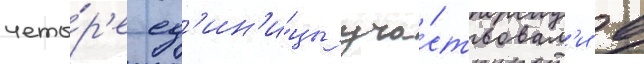
четы́р'е ед'ин'и́цы уча́ствовал'и в